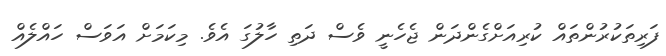
ފަރިތަކުރުންތައް ކުރިއަށްގެންދަން ޖެހެނީ ވެސް ދަތި ހާލުގަ އެވެ. މިކަމަށް އަވަސް ހައްލެއް